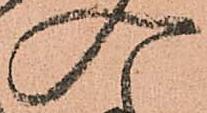
入